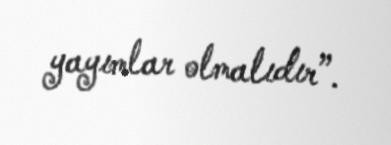
yayımlar olmalıdır”.